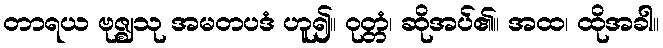
တာရယ ဗုဇ္ဈသု အမတပဒံ ဟူ၍။ ဝုတ္တံ၊ ဆိုအပ်၏။ အထ၊ ထိုအခါ။